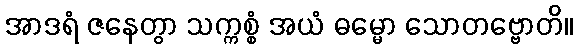
အာဒရံ ဇနေတွာ သက္ကစ္စံ အယံ ဓမ္မော သောတဗ္ဗောတိ။